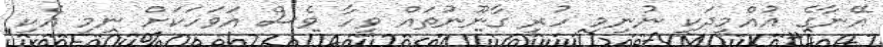
އޭނާގެ އުއްމީދަކީ ނުނިމި ހުރި ގާނޫނުތައް ވީހާ ވެސް އަވަހަކަށް ނިމި އެކި